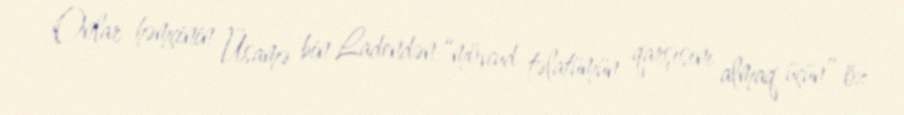
Onlar həmçinin Üsamə bin Ladendən “mövcud təlatümün qarşısını almaq üçün” öz